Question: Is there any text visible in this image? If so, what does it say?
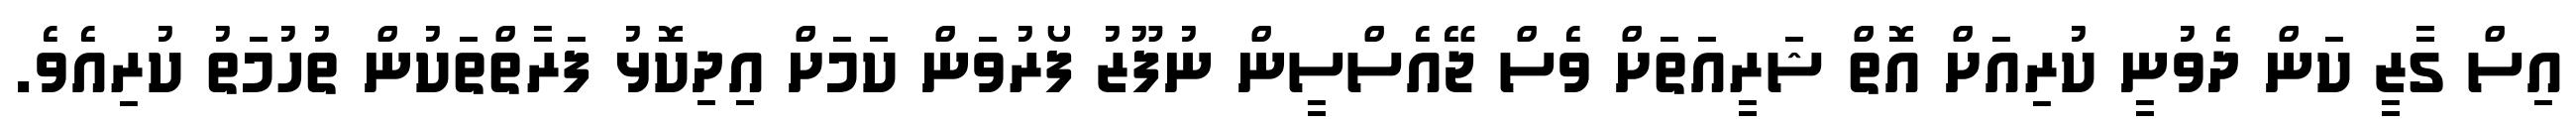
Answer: އިސް ގާޒީ ކަން ދެވުނީ ކުރިއަށް އޮތް ޝަރީއަތަށް ވެސް ޖޭއެސްސީން ނުފޫޒު ފޯރުވަން ކަމަށް އިދިކޮޅު ފަރާތްތަކުން ތުހުމަތު ކުރިއެވެ.